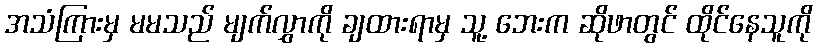
အသံကြားမှ မမသည် မျက်လွှာကို ချထားရာမှ သူ့ ဘေးက ဆိုဖာတွင် ထိုင်နေသူကို